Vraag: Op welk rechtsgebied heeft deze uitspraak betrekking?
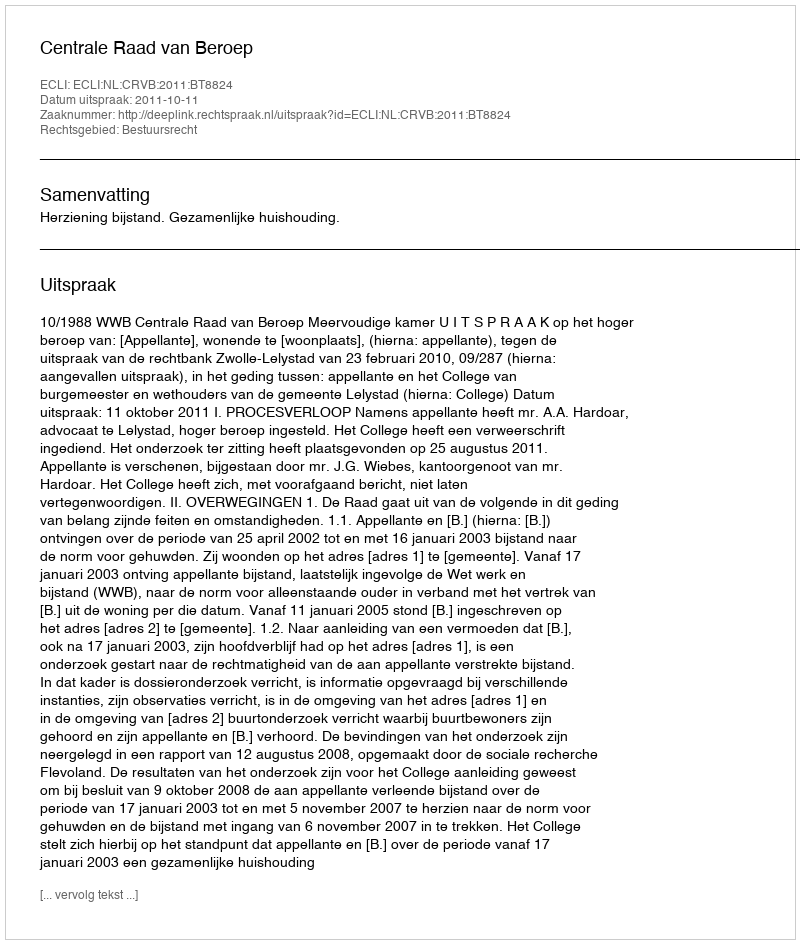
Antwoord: Bestuursrecht